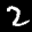
Label: 2